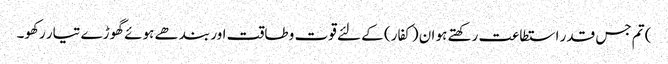
) تم جس قدر استطاعت رکھتے ہو ان (کفار) کے لئے قوت و طاقت اور بندھے ہوئے گھوڑے تیار رکھو۔